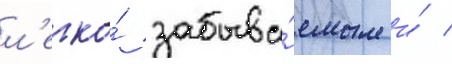
л'егко́ забыва́емым и́ /